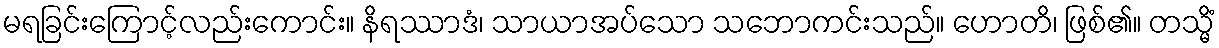
မရခြင်းကြောင့်လည်းကောင်း။ နိရဿာဒံ၊ သာယာအပ်သော သဘောကင်းသည်။ ဟောတိ၊ ဖြစ်၏။ တသ္မိံ